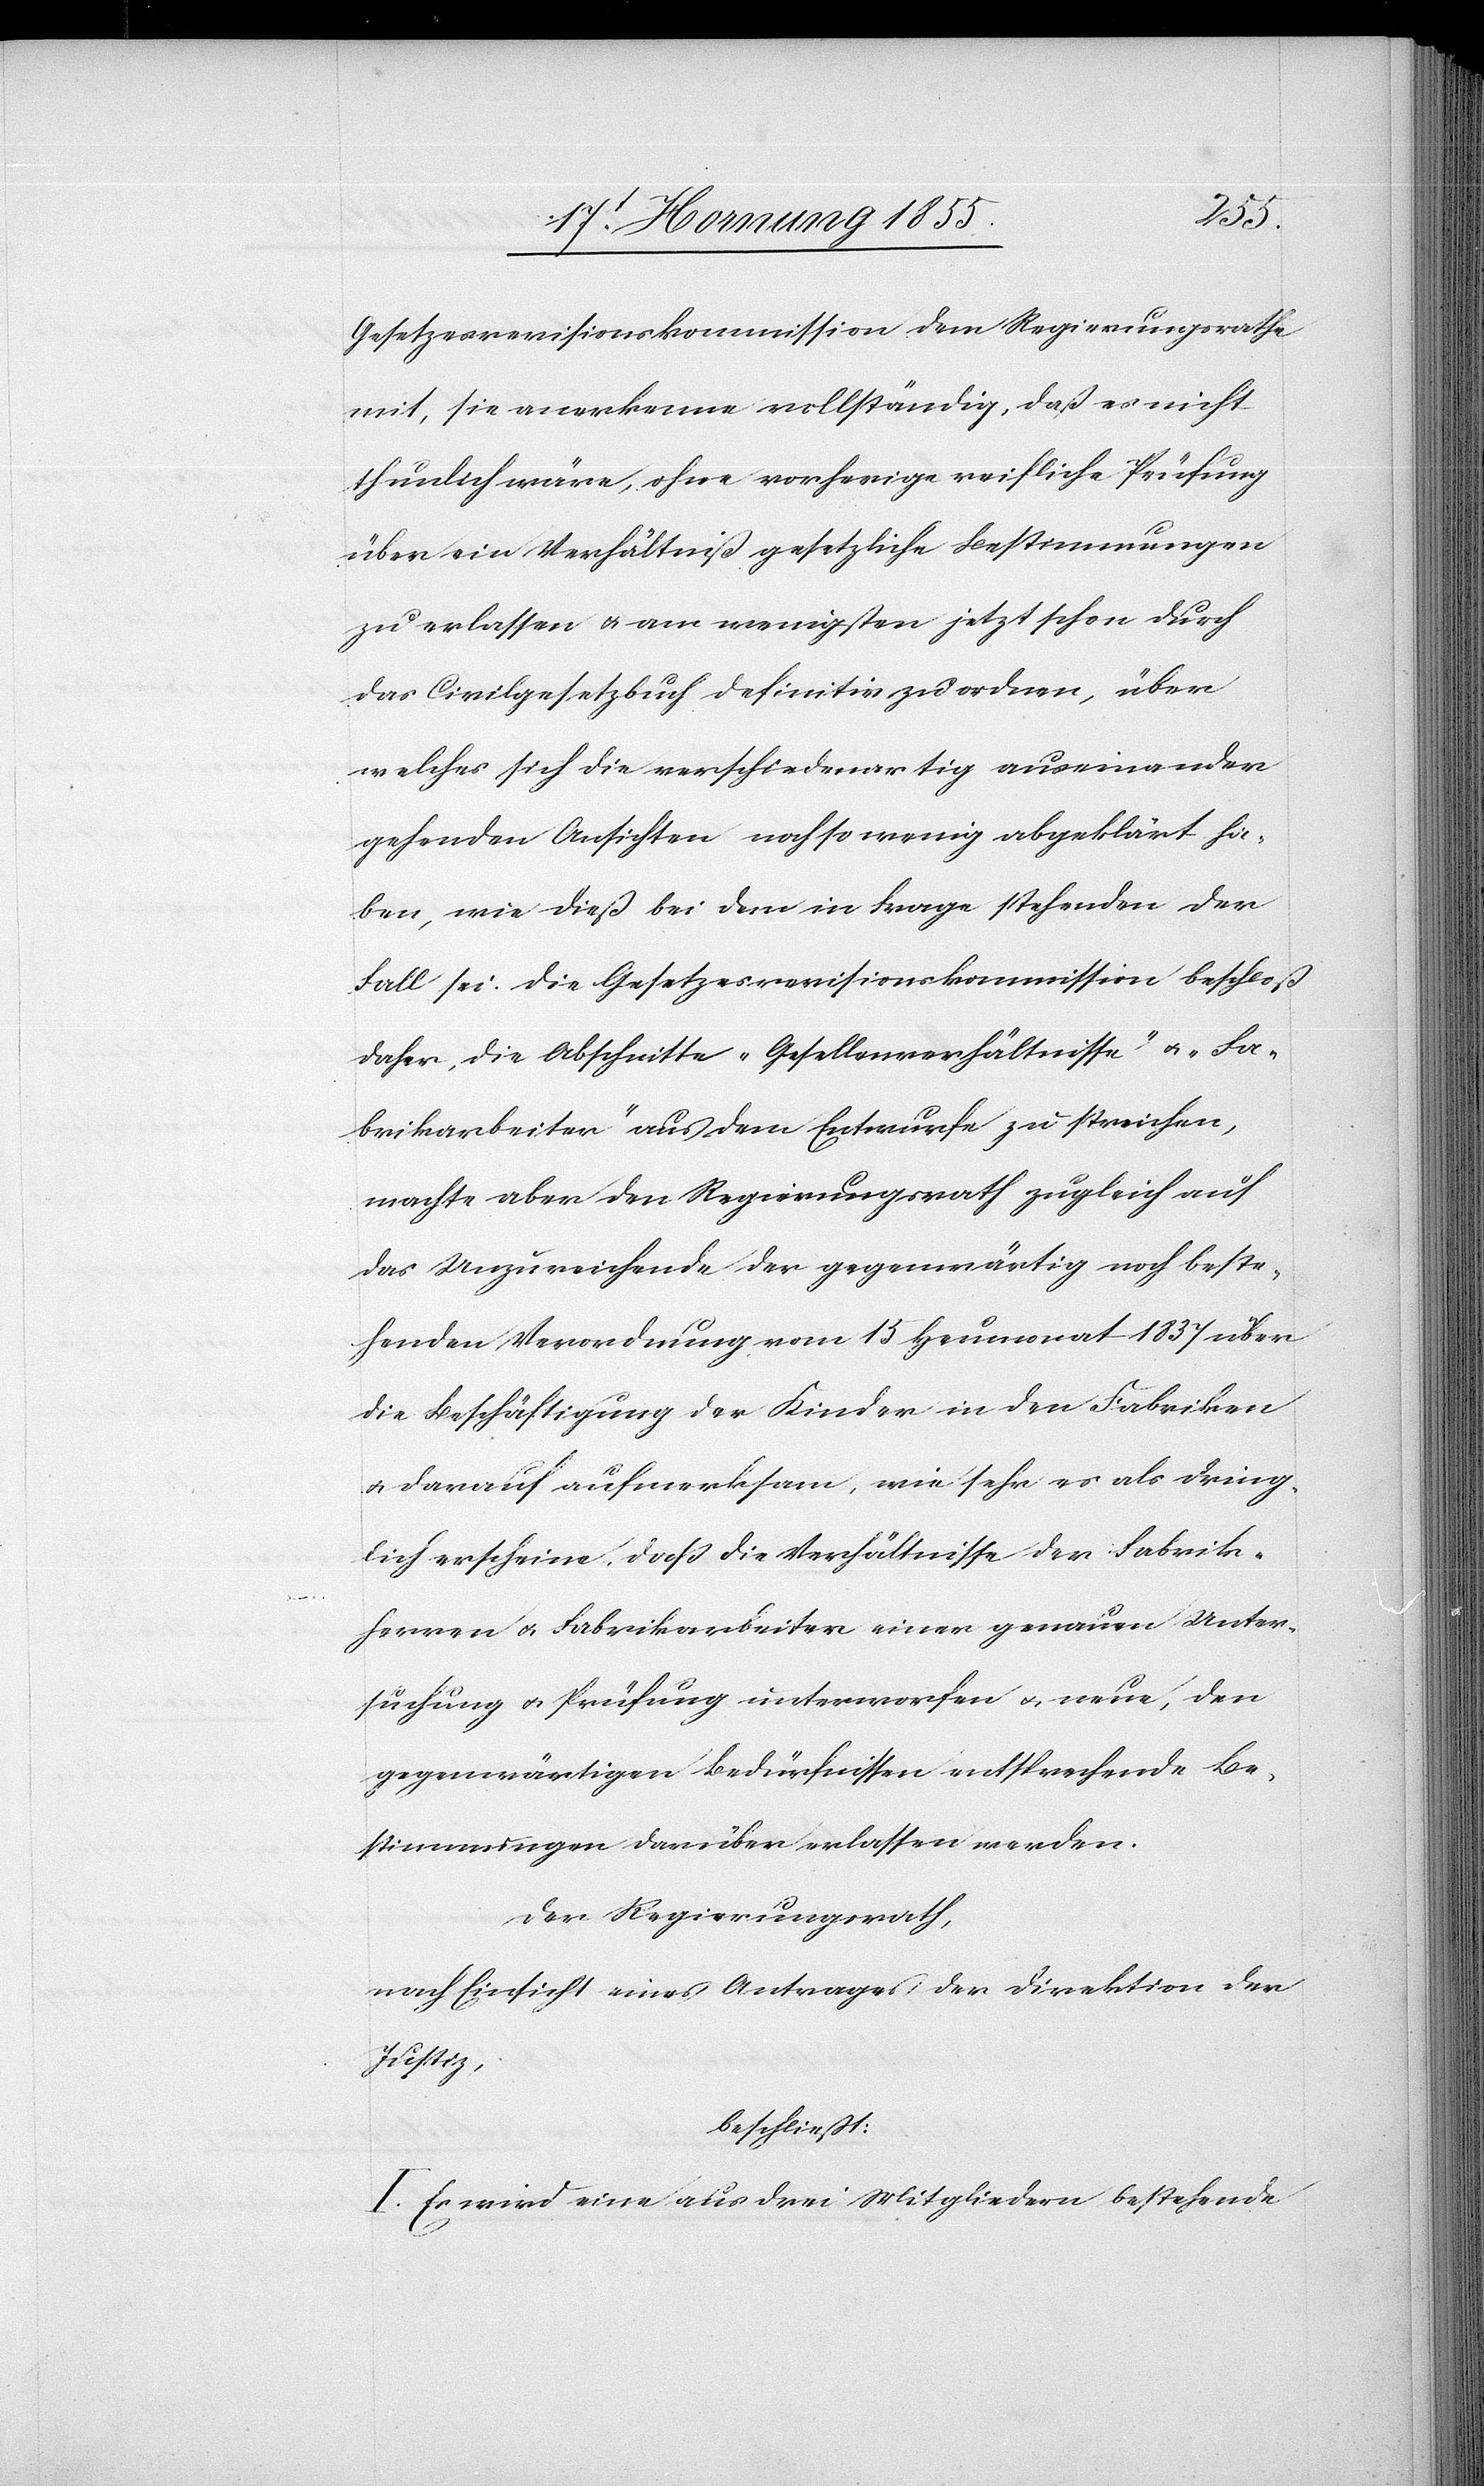
Gesetzesrevisionskommission dem Regierungsrathe
mit, sie anerkenne vollständig, daß es nicht
thunlich wäre, ohne vorherige reifliche Prüfung
über ein Verhältniß gesetzliche Bestimmungen
zu erlassen & am wenigsten jetzt schon durch
das Civilgesetzbuch definitiv zu ordnen, über
welche sich die verschiedenartig auseinander
gehenden Ansichten noch so wenig abgeklärt ha¬
ben, wie dieß bei dem in Frage stehenden der
Fall sei. Die Gesetzesrevisionskommission beschloß
daher, die Abschnitte „Gesellenverhältnisse“ & „Fa¬
brikarbeiter“ aus dem Entwurfe zu streichen,
machte aber den Regierungsrath zugleich auf
das Unzureichende der gegenwärtig noch beste¬
henden Verordnung vom 15 Heumonat 1837 über
die Beschäftigung der Kinder in den Fabriken
& darauf aufmerksam, wie sehr es als dring¬
lich erscheine, daß die Verhältnisse der Fabrik¬
herren & Fabrikarbeiter einer genauen Unter¬
suchung & Prüfung unterworfen & neue, den
gegenwärtigen Bedürfnissen entsprechende Be¬
stimmungen darüber erlassen werden.
Der Regierungsrath,
nach Einsicht eines Antrages der Direktion der
Justiz,
beschließt:
I. Es wird eine aus drei Mitgliedern bestehende